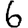
Digit: 6